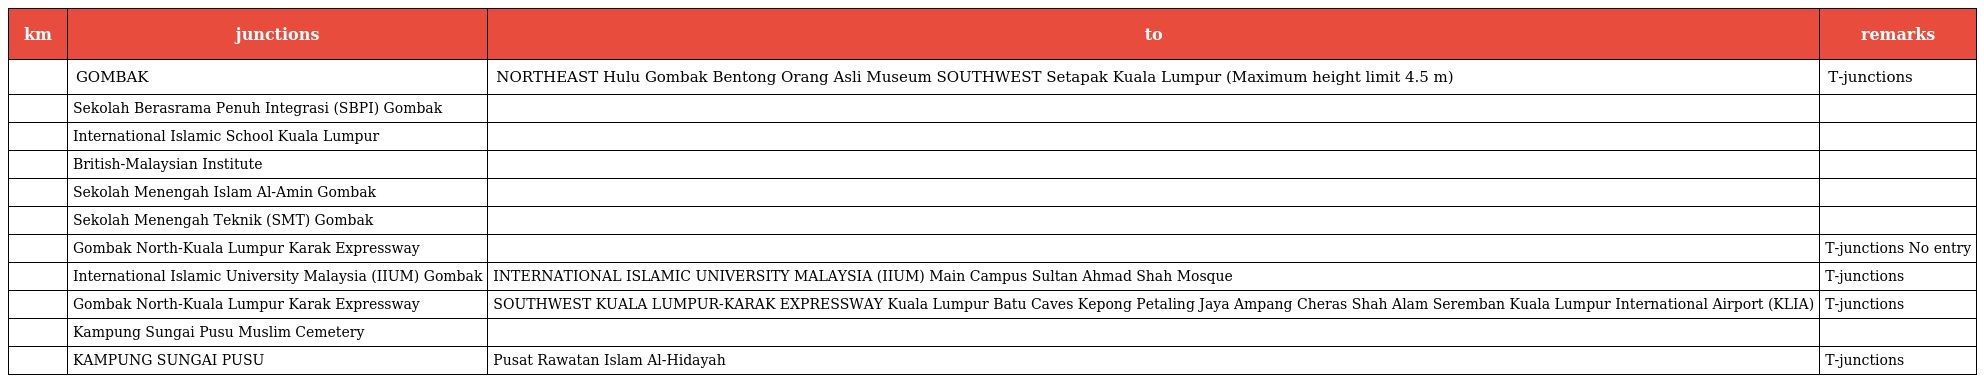
| km | junctions | to | remarks |
 | --- | --- | --- | --- |
 |  | GOMBAK | NORTHEAST Hulu Gombak Bentong Orang Asli Museum SOUTHWEST Setapak Kuala Lumpur (Maximum height limit 4.5 m) | T-junctions |
 |  | Sekolah Berasrama Penuh Integrasi (SBPI) Gombak |  |  |
 |  | International Islamic School Kuala Lumpur |  |  |
 |  | British-Malaysian Institute |  |  |
 |  | Sekolah Menengah Islam Al-Amin Gombak |  |  |
 |  | Sekolah Menengah Teknik (SMT) Gombak |  |  |
 |  | Gombak North-Kuala Lumpur Karak Expressway |  | T-junctions No entry |
 |  | International Islamic University Malaysia (IIUM) Gombak | INTERNATIONAL ISLAMIC UNIVERSITY MALAYSIA (IIUM) Main Campus Sultan Ahmad Shah Mosque | T-junctions |
 |  | Gombak North-Kuala Lumpur Karak Expressway | SOUTHWEST KUALA LUMPUR-KARAK EXPRESSWAY Kuala Lumpur Batu Caves Kepong Petaling Jaya Ampang Cheras Shah Alam Seremban Kuala Lumpur International Airport (KLIA) | T-junctions |
 |  | Kampung Sungai Pusu Muslim Cemetery |  |  |
 |  | KAMPUNG SUNGAI PUSU | Pusat Rawatan Islam Al-Hidayah | T-junctions |